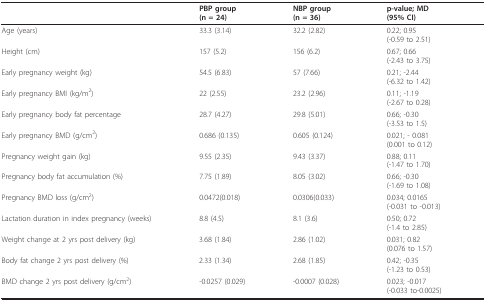
|  | PBP group(n = 24) | NBP group(n = 36) | p-value; MD(95% CI) |
 | --- | --- | --- | --- |
 | Age (years) | 33.3 (3.14) | 32.2 (2.82) | 0.22; 0.95(-0.59 to 2.51) |
 | Height (cm) | 157 (5.2) | 156 (6.2) | 0.67; 0.66(-2.43 to 3.75) |
 | Early pregnancy weight (kg) | 54.5 (6.83) | 57 (7.66) | 0.21; -2.44(-6.32 to 1.42) |
 | Early pregnancy BMI (kg/m2) | 22 (2.55) | 23.2 (2.96) | 0.11; -1.19(-2.67 to 0.28) |
 | Early pregnancy body fat percentage | 28.7 (4.27) | 29.8 (5.01) | 0.66; -0.30(-3.53 to 1.5) |
 | Early pregnancy BMD (g/cm2) | 0.686 (0.135) | 0.605 (0.124) | 0.021; - 0.081(0.001 to 0.12) |
 | Pregnancy weight gain (kg) | 9.55 (2.35) | 9.43 (3.37) | 0.88; 0.11(-1.47 to 1.70) |
 | Pregnancy body fat accumulation (%) | 7.75 (1.89) | 8.05 (3.02) | 0.66; -0.30(-1.69 to 1.08) |
 | Pregnancy BMD loss (g/cm2) | 0.0472(0.018) | 0.0306(0.033) | 0.034; 0.0165(-0.031 to -0.013) |
 | Lactation duration in index pregnancy (weeks) | 8.8 (4.5) | 8.1 (3.6) | 0.50; 0.72(-1.4 to 2.85) |
 | Weight change at 2 yrs post delivery (kg) | 3.68 (1.84) | 2.86 (1.02) | 0.031; 0.82(0.076 to 1.57) |
 | Body fat change 2 yrs post delivery (%) | 2.33 (1.34) | 2.68 (1.85) | 0.42; -0.35(-1.23 to 0.53) |
 | BMD change 2 yrs post delivery (g/cm2) | -0.0257 (0.029) | -0.0007 (0.028) | 0.023; -0.017(-0.033 to-0.0025) |